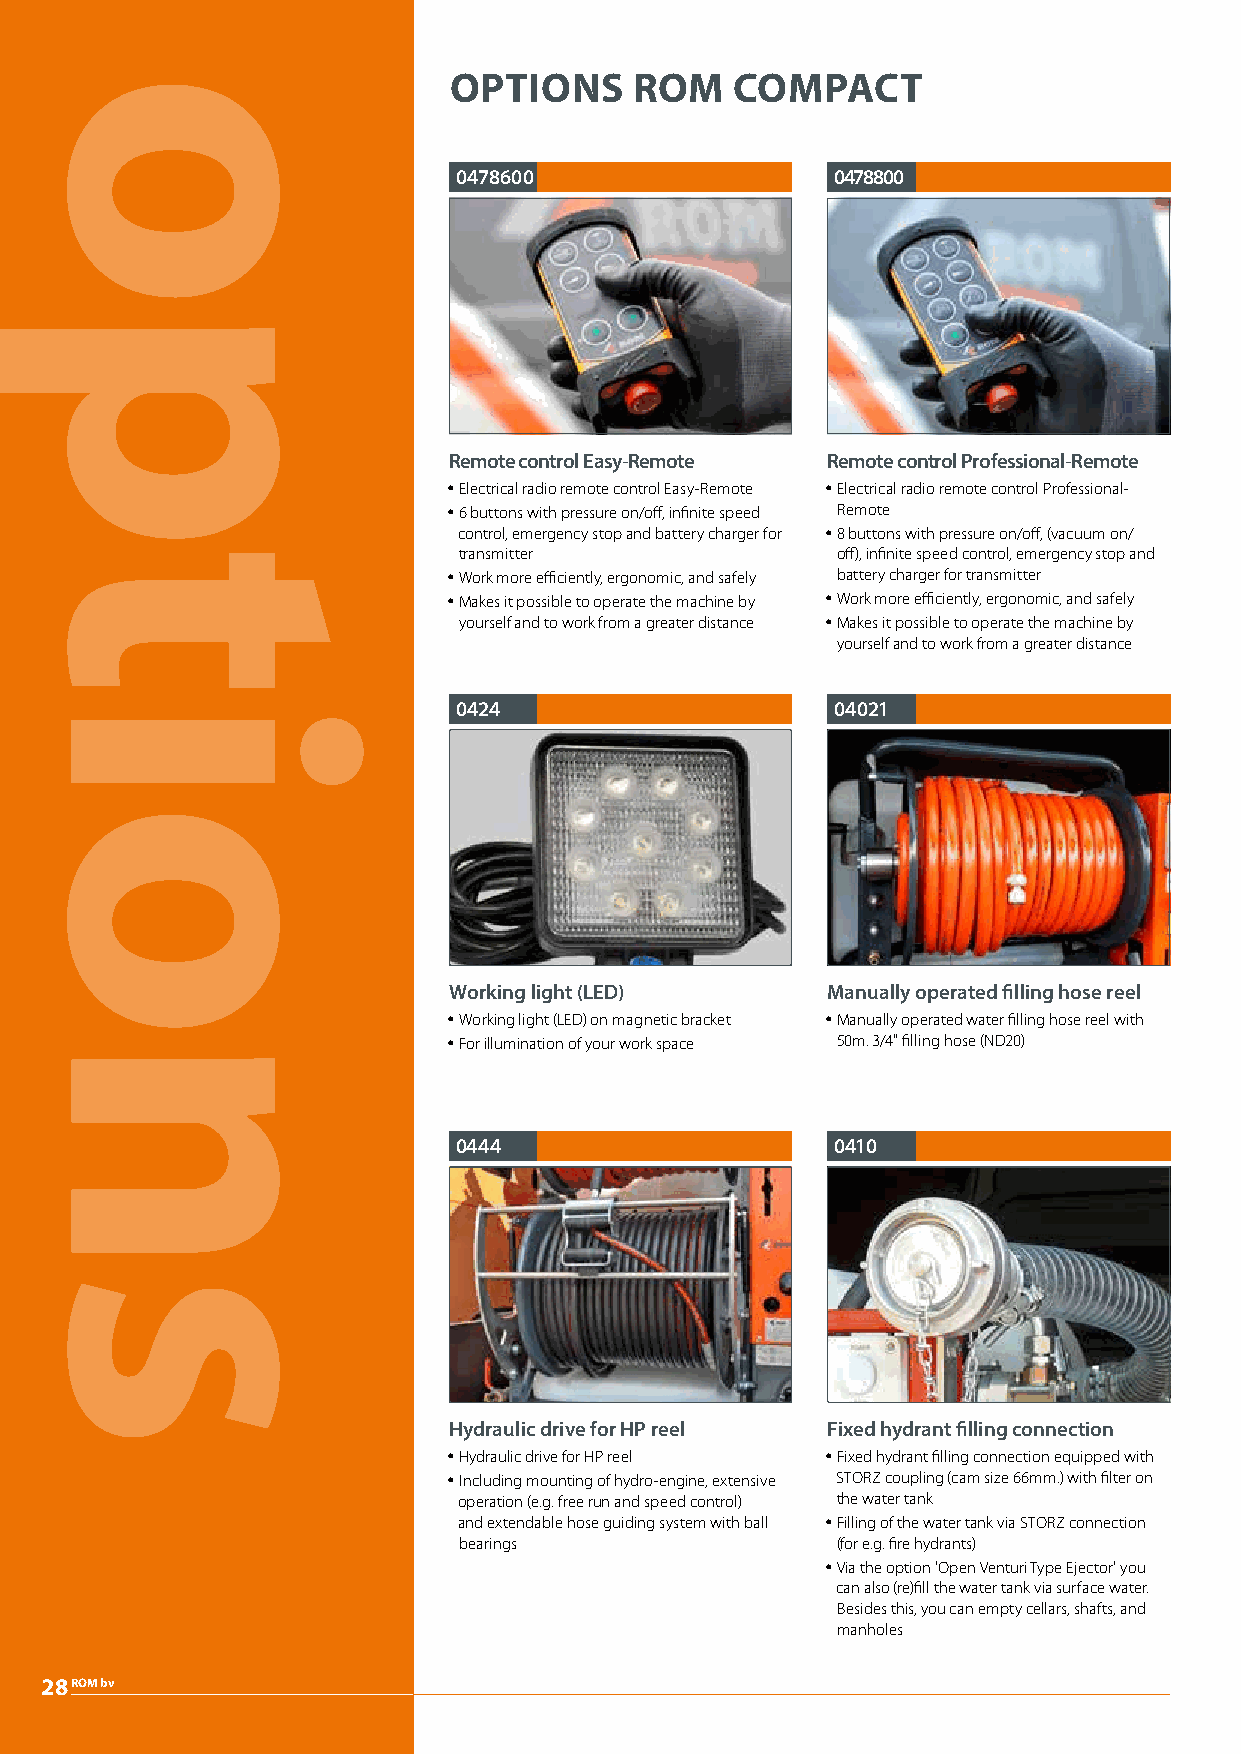
OPTIONS     ROM    COMPACT
 0478600                  0478800
 Remote control Easy-Remote Remote control Professional-Remote
 y Electrical radio remote control Easy-Remote y Electrical radio remote control Professional-
 y 6 buttons with pressure on/off, infinite speed Remote
 control, emergency stop and battery charger for y 8 buttons with pressure on/off, (vacuum on/
 transmitter              off), infinite speed control, emergency stop and
 y Work more efficiently, ergonomic, and safely battery charger for transmitter
 y Makes it possible to operate the machine by y Work more efficiently, ergonomic, and safely
 yourself and to work from a greater distance y Makes it possible to operate the machine by
 yourself and to work from a greater distance
 0424                     04021
 Working light (LED)      Manually operated filling hose reel
 y Working light (LED) on magnetic bracket y Manually operated water filling hose reel with
 y For illumination of your work space 50m. 3/4" filling hose (ND20)
 0444                     0410
 Hydraulic drive for HP reel Fixed hydrant filling connection
 y Hydraulic drive for HP reel y Fixed hydrant filling connection equipped with
 y Including mounting of hydro-engine, extensive STORZ coupling (cam size 66mm.) with filter on
 operation (e.g. free run and speed control) the water tank
 and extendable hose guiding system with ball y Filling of the water tank via STORZ connection
 bearings                 (for e.g. fire hydrants)
 y Via the option 'Open Venturi Type Ejector' you
 can also (re)fill the water tank via surface water.
 Besides this, you can empty cellars, shafts, and
 manholes
 28ROM bv
 options